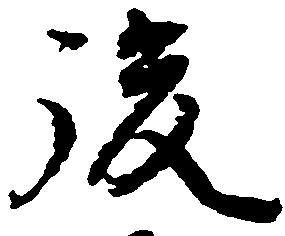
後